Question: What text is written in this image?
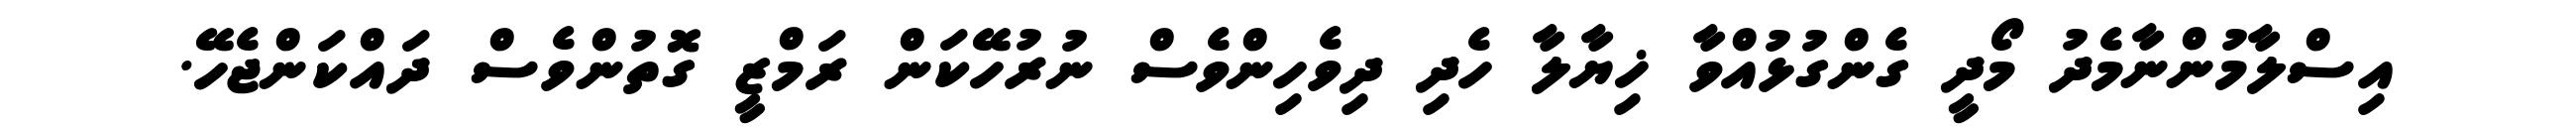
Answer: އިސްލާމުންނާމެދު މޯދީ ގެންގުޅުއްވާ ޚިޔާލާ ހެދި ދިވެހިންވެސް ނުރުހޭކަން ރަމްޒީ ގޮތުންވެސް ދައްކަންޖެހޭ.